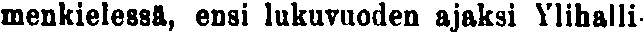
menkielessä, ensi lukuvuoden ajaksi ylihalli-